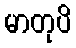
မာတုပိ